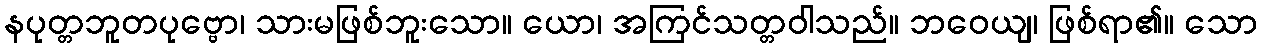
နပုတ္တဘူတပုဗ္ဗော၊ သားမဖြစ်ဘူးသော။ ယော၊ အကြင်သတ္တဝါသည်။ ဘဝေယျ၊ ဖြစ်ရာ၏။ သော